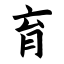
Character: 育